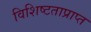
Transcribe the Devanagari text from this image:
विशिष्टताप्राप्त